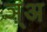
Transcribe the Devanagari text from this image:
ञ़्अ